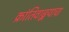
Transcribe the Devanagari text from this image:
क्रांतिवाङ्मयाचा